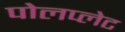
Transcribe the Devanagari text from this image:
पोलप्लेट